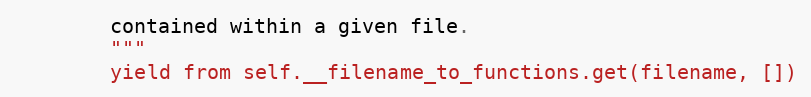
Language: Python
        contained within a given file.
        """
        yield from self.__filename_to_functions.get(filename, [])